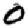
Digit: 0